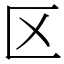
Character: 区